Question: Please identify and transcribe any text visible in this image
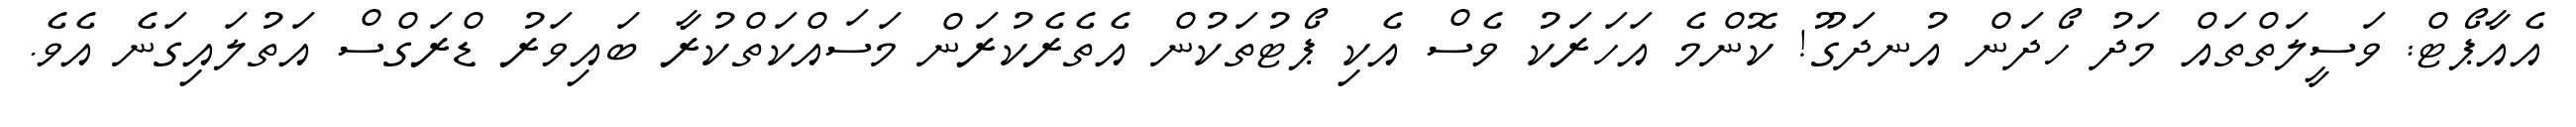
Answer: އެއާޕޯޓް: ވަސީލަތްތައް މަދު ހޯދަން އުނދަގޫ! ކޮންމެ އަހަރަކު ވެސް އެކި ޕޯޓުތަކުން އެތެރެކުރަން މަސައްކަތްކުރާ ބައިވަރު ޑްރަގްސް އަތުލައިގަނެ އެވެ.